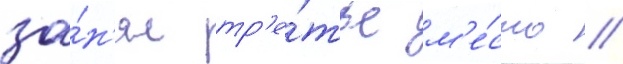
за́н'ял тр'е́тье м'е́сто /